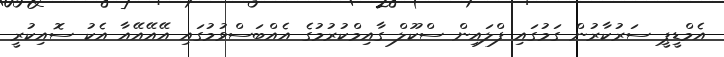
އެމްޑީޕީ ސަރުކާރުން ގަމުގައި ފްލައިން ސްކޫލް ގާއިމްކުރުމުގެ އެއްބަސްވުމުގައި އޭއޭއޭއާ އެކު ސޮއިކުރީ